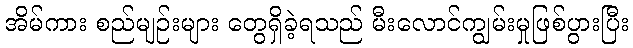
အိမ်ကား စည်မျဉ်းများ တွေရှိခဲ့ရသည် မီးလောင်ကျွမ်းမှုဖြစ်ပွားပြီး